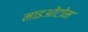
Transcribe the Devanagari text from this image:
माइओटोम